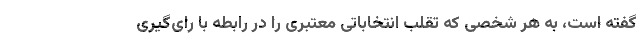
گفته است، به هر شخصی که تقلب انتخاباتی معتبری را در رابطه با رای‌گیری